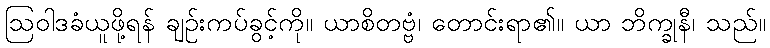
ဩဝါဒခံယူဖို့ရန် ချဉ်းကပ်ခွင့်ကို။ ယာစိတဗ္ဗံ၊ တောင်းရာ၏။ ယာ ဘိက္ခုနီ၊ သည်။